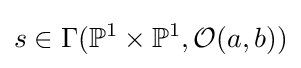
s\in \Gamma (\mathbb {P} ^{1}\times \mathbb {P} ^{1},{\mathcal {O}}(a,b))